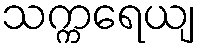
သက္ကရေယျ